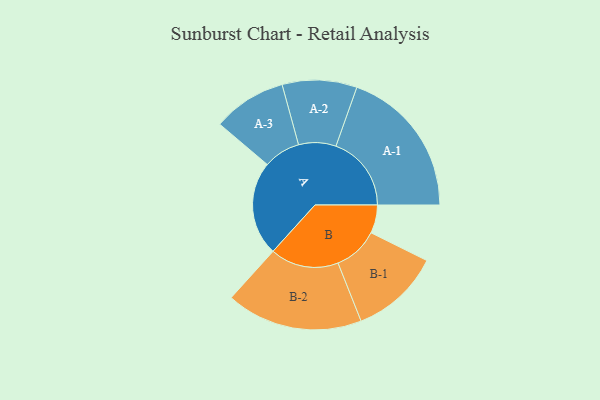
{"axis": {"x": "Segment", "y": "Value"}, "legend": ["", "A", "B"], "data": [{"x": "A", "y": 374, "type": ""}, {"x": "B", "y": 112, "type": ""}, {"x": "A-1", "y": 299, "type": "A"}, {"x": "A-2", "y": 148, "type": "A"}, {"x": "A-3", "y": 146, "type": "A"}, {"x": "B-1", "y": 178, "type": "B"}, {"x": "B-2", "y": 271, "type": "B"}]}